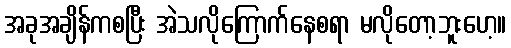
အခုအချိန်ကစပြီး အဲသလိုကြောက်နေစရာ မလိုတော့ဘူးဟေ့။